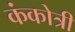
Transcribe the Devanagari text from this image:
कंकोत्री